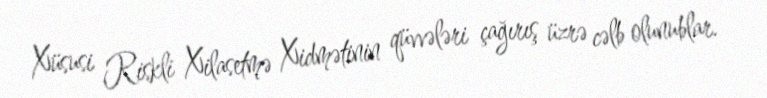
Xüsusi Riskli Xilasetmə Xidmətinin qüvvələri çağırış üzrə cəlb olunublar.